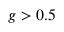
g > 0 . 5